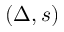
( \Delta , s )